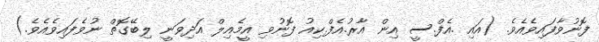
ފޮނުވާފައިވެއެވެ. (އައި .އެފް.ސީ އިން އާރު.އެފް.ކިއު ފޮނުވި އީމެއިލް އަދިވަނީ ލިބޭގޮތް ނުވެފައިވެއެވެ.)